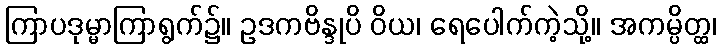
ကြာပဒုမ္မာကြာရွက်၌။ ဥဒကဗိန္ဒုပိ ဝိယ၊ ရေပေါက်ကဲ့သို့။ အကမ္ပိတ္ထ၊